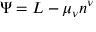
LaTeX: \Psi = L - \mu _ { \nu } \/ n ^ { \nu }